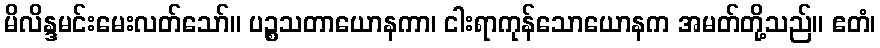
မိလိန္ဒမင်းမေးလတ်သော်။ ပဉ္စသတာယောနကာ၊ ငါးရာကုန်သောယောနက အမတ်တို့သည်။ ဧတံ၊